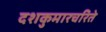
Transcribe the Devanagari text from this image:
दशकुमारचरिते